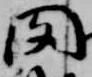
聞